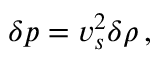
\delta p = v _ { s } ^ { 2 } \delta \rho \, ,